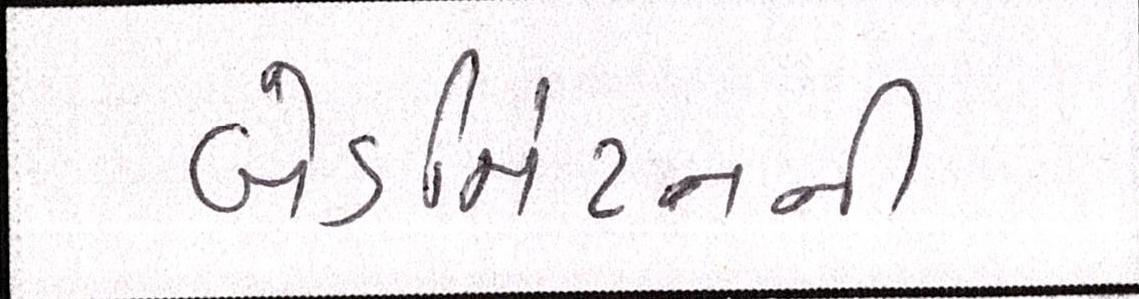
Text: બેડમિંટનની